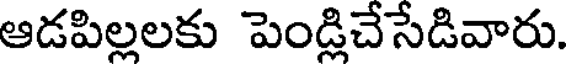
ఆడపిల్లలకు పెండ్లిచేసేడివారు.